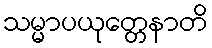
သမ္မာပယုတ္တေနာတိ